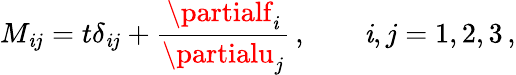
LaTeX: M_{\mathit{i}j}=t\delta_{\mathit{i}j}+\frac{{\partialf_{\mathit{i}}}}{{\partialu_{j}}}\, ,\qquad\mathit{i},j=1,2,3\, ,